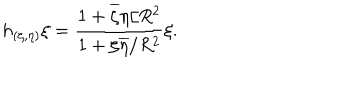
h _ { ( \zeta , \eta ) } \xi = \frac { 1 + \overline { { \zeta } } \eta / R ^ { 2 } } { 1 + \zeta \overline { { \eta } } / R ^ { 2 } } \xi .